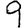
Digit: 9